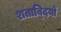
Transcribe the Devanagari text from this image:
शताब्‍दियों